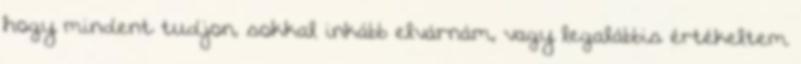
hogy mindent tudjon, sokkal inkább elvárnám, vagy legalábbis értékeltem